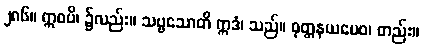
၂၈၆။ ဣဓပိ၊ ၌လည်း။ သဗ္ဗသောတိ ဣဒံ၊ သည်။ ဝုတ္တနယမေဝ၊ တည်း။